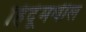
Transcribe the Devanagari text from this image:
हिंदूंमधील